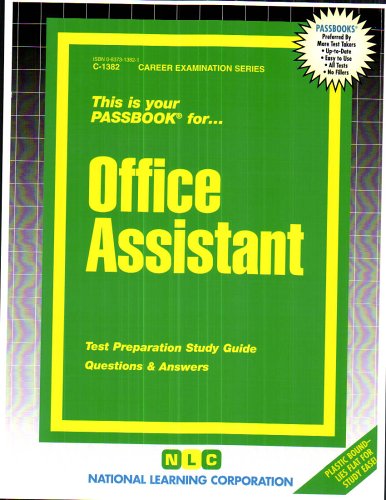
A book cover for Office Assistant(Passbooks) (Career Examination Series); Jack Rudman; Test Preparation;